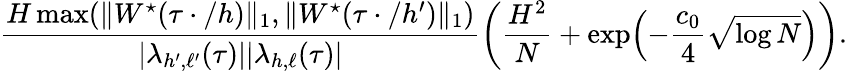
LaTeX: \frac{H\operatorname*{max}(\| W^{\star}(\tau\cdot/h)\| _{1},\| W^{\star}(\tau\cdot/h^{\prime})\| _{1})}{|\lambda_{h^{\prime},\ell^{\prime}}(\tau)||\lambda_{h,\ell}(\tau)|}\biggl(\frac{H^{2}}{N}+\exp\Bigl(-\frac{c_{0}}{4}\sqrt{\log N}\Bigr)\biggr).